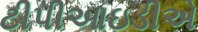
ટીપીઆઇડીએ